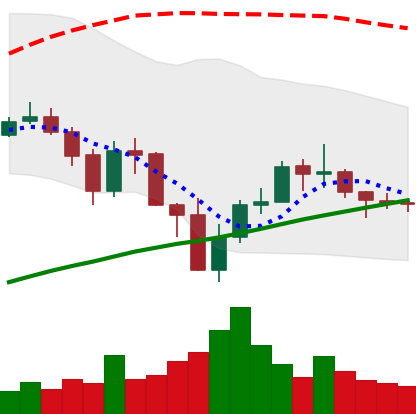
Ticker: BNB-USD
Chart end date: 2019-07-26
Forward return: -4.606%
Label: down_3_5